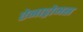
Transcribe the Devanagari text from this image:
ऐनाड्रोमस